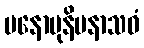
မနောမုနိမနာသဝံ